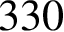
3 3 0